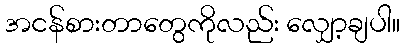
အငန်စားတာတွေကိုလည်း လျှော့ချပါ။